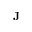
{ \bf J }